Malaria in the Punjab - Number 46
Disease focus: Malaria
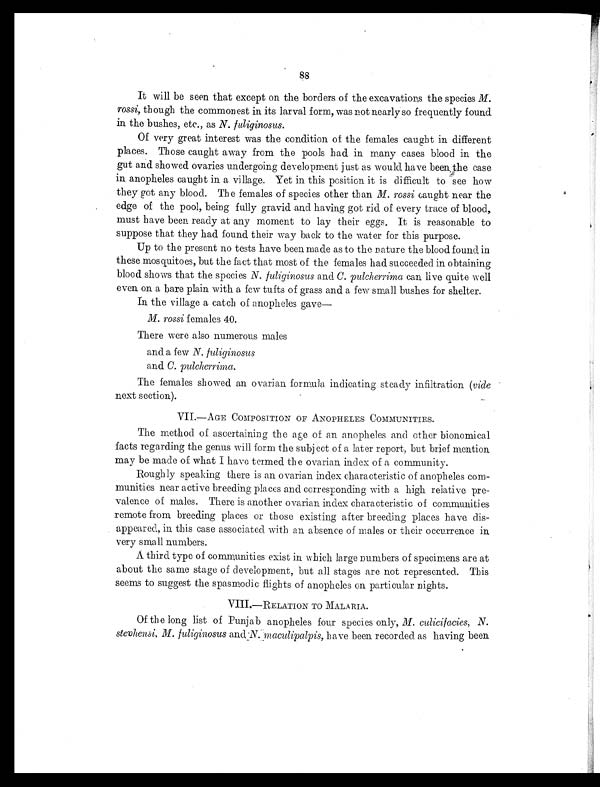
88
It will be seen that except on the borders of the excavations the species M.
rossi, though the Commonest in its larval form, was not nearly so frequently found
in the bushes, etc., as N. fuliginosus.
Of very great interest was the condition of the females caught in different
places. Those caught away from the pools had in many cases blood in the
gut and showed ovaries undergoing development just as would have been the case
in anopheles caught in a village. Yet in this position it is difficult to see how
they got any blood. The females of species other than M. rossi caught near the
edge of the pool, being fully gravid and having got rid of every trace of blood,
must have been ready at any moment to lay their eggs. It is reasonable to
suppose that they had found their way back to the water for this purpose.
Up to the present no tests have been made as to the nature the blood found in
these mosquitoes, but the fact that most of the females had succeeded. in obtaining
blood shows that the species N. fuliginosus and C. pulcherrima can live quite well
even on a bare plain with a few tufts of grass and a few small bushes for shelter.
In the village a catch of anopheles gave—
M. rossi females 40.
There were also numerous males
and a few N. fuliginosus
and C. pulcherrima.
The females showed an ovarian formula indicating steady infiltration ( vide
next section).
VII.—AGE COMPOSITION OF ANOPHELES COMMUNITIES.
The method of ascertaining the age of an anopheles and ether bionomical
facts regarding the genus will form the subject of a later report, but brief mention
may be made of what I have termed the ovarian index of a community.
Roughly speaking there is an ovarian index characteristic of anopheles com-
munities near active breeding places and corresponding with a high relative pre-
valence of males. There is another ovarian index characteristic of communities,
remote from breeding places or those existing after breeding places have dis-
appeared, in this case associated with an absence of males or their occurrence in
very small numbers.
A third type of communities exist in which large numbers of specimens are at
about the same stage of development, but all stages are not represented. This
seems to suggest the spasmodic flights of anopheles on particular nights.
VIII.—RELATION TO MALARIA.
Of the long list of Punjab anopheles four species only, M. culicilacies, N.
stevhenssi, M. fuliginosus have been recorded as having been